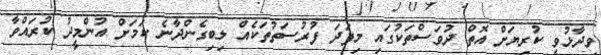
ވިދާޅުވީ ކުރިޔަށް އޮތް ދުވަސްތަކުގައި މިފަދަ ފުރުސަތުތަކެއް ލިބިގެންދާނެ ކަމަށް އުންމީދު ކުރައްވާ